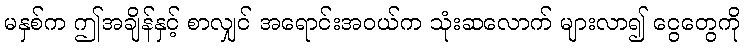
မနှစ်က ဤအချိန်နှင့် စာလျှင် အရောင်းအဝယ်က သုံးဆလောက် များလာ၍ ငွေတွေကို